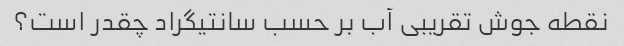
نقطه جوش تقریبی آب بر حسب سانتیگراد چقدر است؟